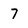
Character: 7